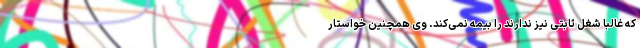
که غالباً شغل ثابتی نیز ندارند را بیمه نمی‌کند. وی همچنین خواستار